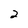
Character: 2